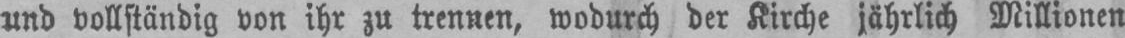
und vollständig von ihr zu trennen, wodurch der Kirche jährlich Millionen